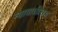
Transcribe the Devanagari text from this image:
न्यायाधीसह